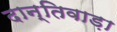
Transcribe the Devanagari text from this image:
दान्तिवाड़ा